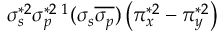
\sigma _ { s } ^ { * 2 } \sigma _ { p } ^ { * 2 } { } \, ^ { 1 } ( \sigma _ { s } \overline { { \sigma _ { p } } } ) \left( \pi _ { x } ^ { * 2 } - \pi _ { y } ^ { * 2 } \right)